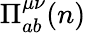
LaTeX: \Pi_{ab}^{\mu\nu}(n)